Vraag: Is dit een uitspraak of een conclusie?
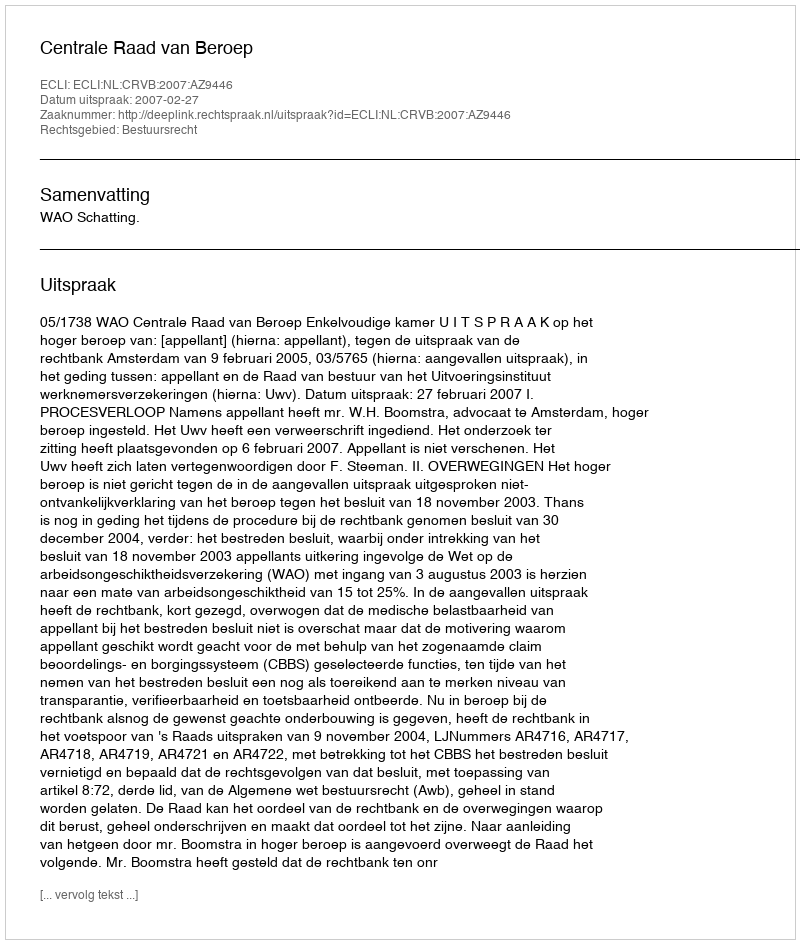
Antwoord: Uitspraak